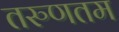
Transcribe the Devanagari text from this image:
तरुणतम